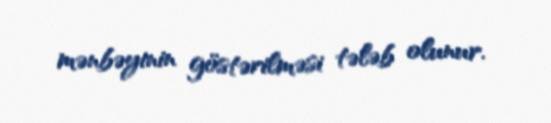
mənbəyinin göstərilməsi tələb olunur.